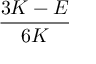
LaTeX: \frac { 3 K - E } { 6 K }